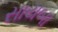
સાયબા